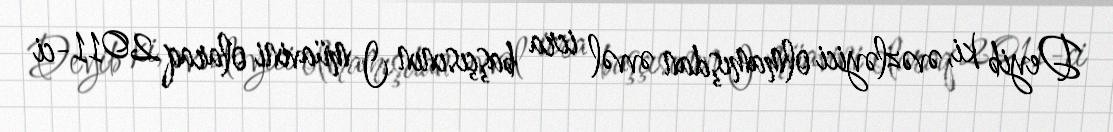
Deyib ki, əvəzləyici olmamışdan əvvəl icra başçısının I müavini olaraq 2011-ci